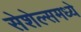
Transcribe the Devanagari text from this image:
सेशेल्समध्ये